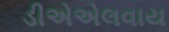
ડીએએલવાય